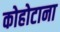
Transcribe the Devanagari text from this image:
कोहोटाना